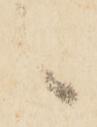
々